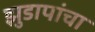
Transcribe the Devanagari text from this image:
झुडापांचा